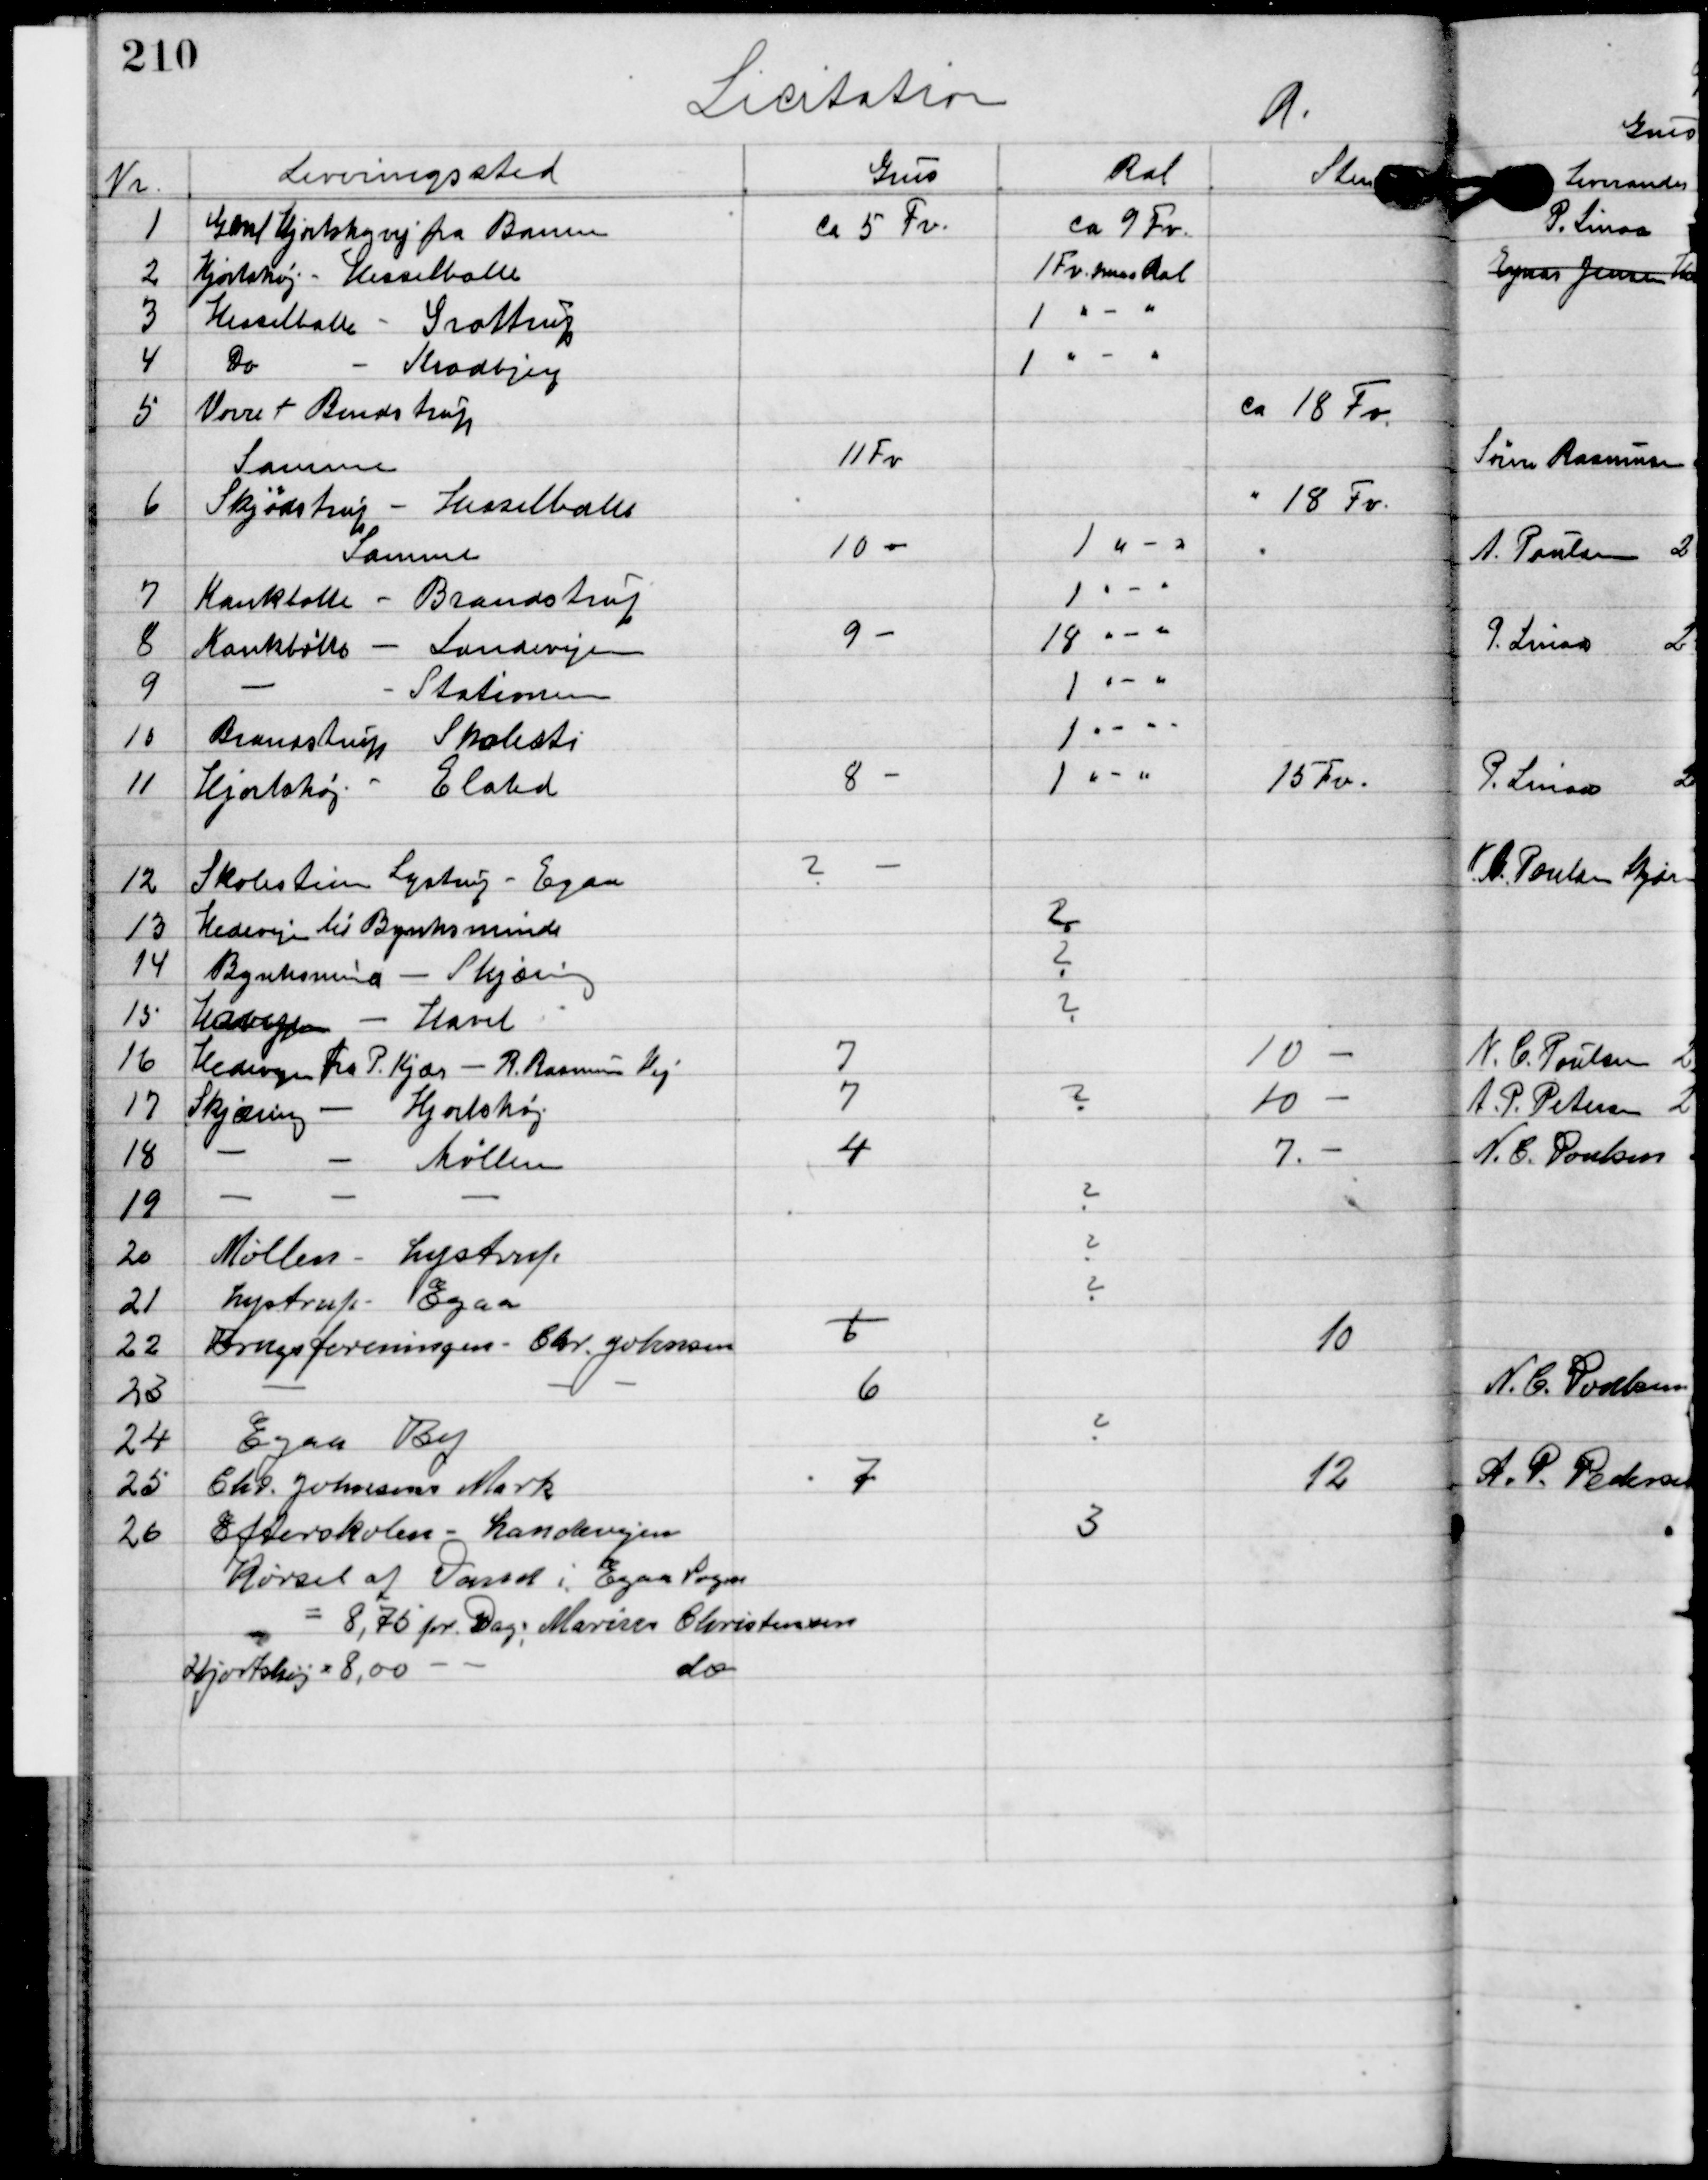
Transskription:
Licitation A.